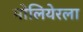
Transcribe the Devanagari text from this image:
मोलियेरला